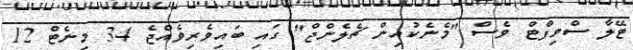
ޓޭލާ ސްވިފްޓް ވެސް "މެނެކުއިން ޗެލެންޖް" ގައި ބައިވެރިވެއްޖެ 34 މިނެޓް 12